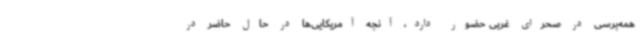
همه‌پرسی در صحرای غربی حضور دارد، آنچه آمریکایی‌ها در حال حاضر در